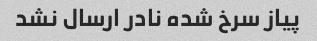
پیاز سرخ شده نادر ارسال نشد